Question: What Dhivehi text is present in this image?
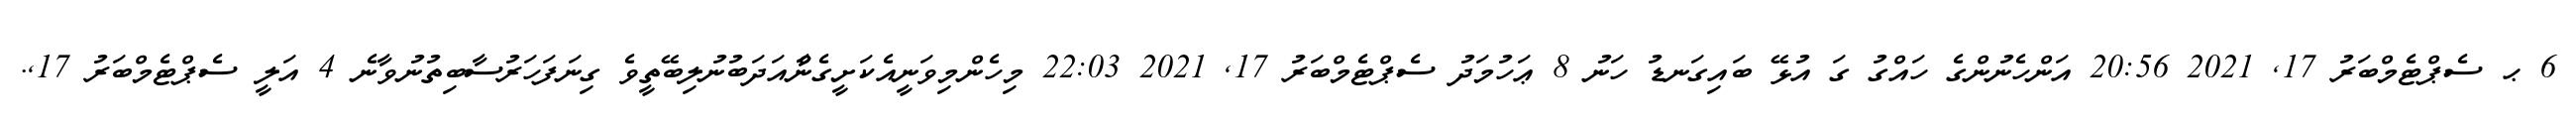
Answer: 6 ޙ ސެޕްޓެމްބަރު 17, 2021 20:56 އަންހެނުންގެ ހައްގު ގަ އުޅޭ ބައިގަނޑު ހަނު 8 ޢަހުމަދު ސެޕްޓެމްބަރު 17, 2021 22:03 މިހެންމިވަނީއެކަށީގެންާއަދަބުނުލިބޭތީވެ ގިނަފަހަރުސާބިތުނުވާނެ 4 އަލީ ސެޕްޓެމްބަރު 17,.